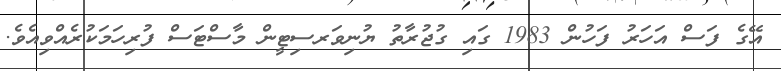
އޭގެ ފަސް އަހަރު ފަހުން 1983 ގައި ގުޖުރާތު ޔުނިވަރސިޓީން މާސްޓަސް ފުރިހަމަކުރެއްވިއެވެ.